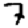
Digit: 7